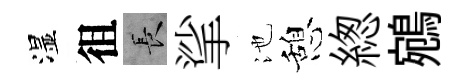
湿徂长挲池憩緫鵷